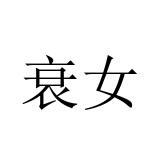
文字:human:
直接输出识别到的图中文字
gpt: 衰女